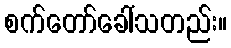
စက်တော်ခေါ်သတည်း။